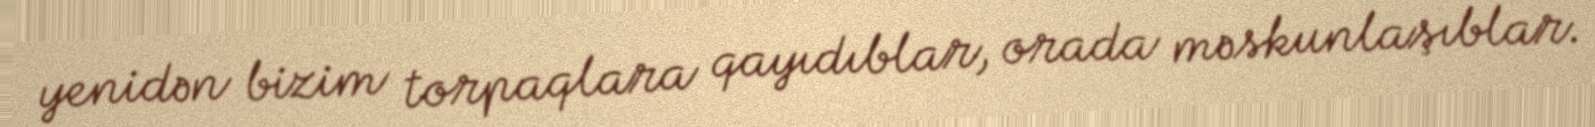
yenidən bizim torpaqlara qayıdıblar, orada məskunlaşıblar.